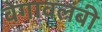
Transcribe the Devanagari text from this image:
वेगावलंबी